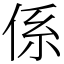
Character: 係